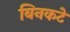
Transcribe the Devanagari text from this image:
बिनकटे